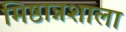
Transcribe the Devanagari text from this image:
मिष्ठान्नशाला